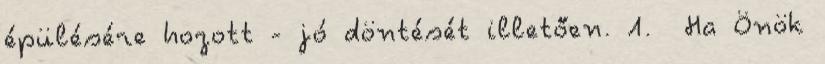
épülésére hozott - jó döntését illetően. 1. Ha Önök